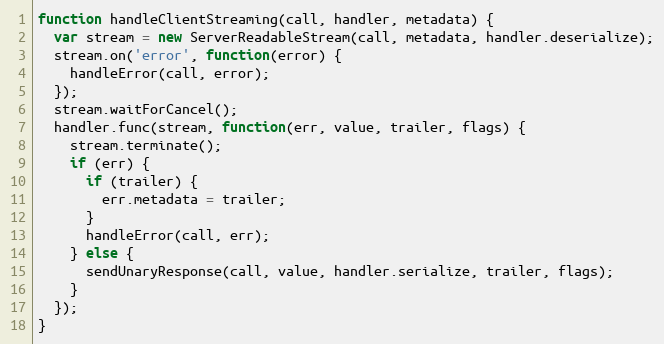
Language: JavaScript
function handleClientStreaming(call, handler, metadata) {
  var stream = new ServerReadableStream(call, metadata, handler.deserialize);
  stream.on('error', function(error) {
    handleError(call, error);
  });
  stream.waitForCancel();
  handler.func(stream, function(err, value, trailer, flags) {
    stream.terminate();
    if (err) {
      if (trailer) {
        err.metadata = trailer;
      }
      handleError(call, err);
    } else {
      sendUnaryResponse(call, value, handler.serialize, trailer, flags);
    }
  });
}